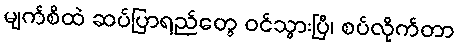
မျက်စိထဲ ဆပ်ပြာရည်တွေ ဝင်သွားပြီ၊ စပ်လိုက်တာ